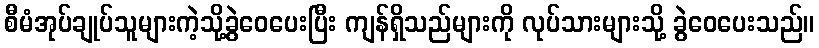
စီမံအုပ်ချုပ်သူများကဲ့သို့ခွဲဝေပေးပြီး ကျန်ရှိသည်များကို လုပ်သားများသို့ ခွဲဝေပေးသည်။